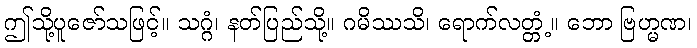
ဤသို့ပူဇော်သဖြင့်။ သဂ္ဂံ၊ နတ်ပြည်သို့။ ဂမိဿသိ၊ ရောက်လတ္တံ့။ ဘော ဗြဟ္မဏ၊